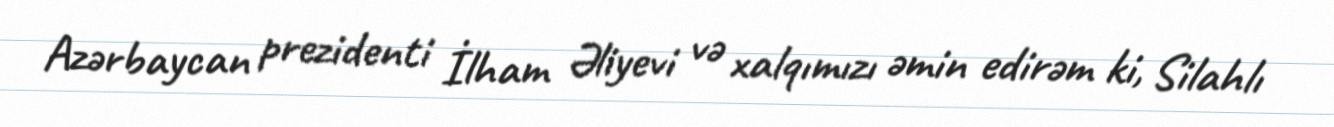
Azərbaycan prezidenti İlham Əliyevi və xalqımızı əmin edirəm ki, Silahlı